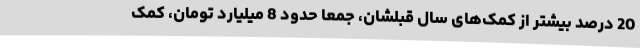
20 درصد بیشتر از کمک‌های سال قبلشان، جمعا حدود 8 میلیارد تومان، کمک